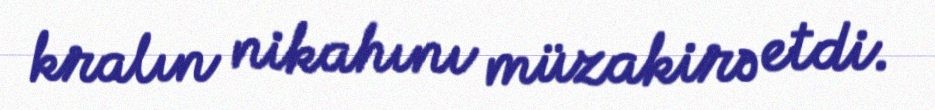
kralın nikahını müzakirə etdi.